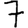
Digit: 7